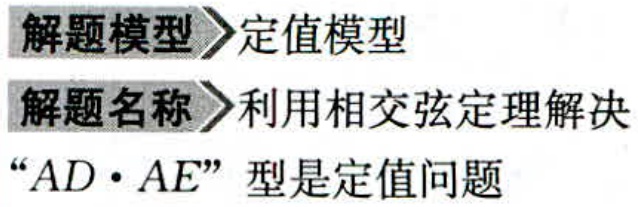
\begin{document}

解题模型 定值模型

解题名称 利用相交弦定理解决

“$AD\cdot AE$”型是定值问题

\end{document}